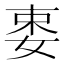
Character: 𡝁